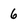
Character: 6